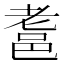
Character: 𨚻